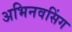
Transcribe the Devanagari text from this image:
अभिनवसिंग